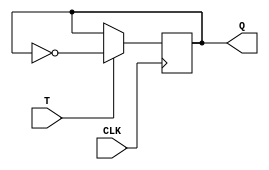
module t_flip_flop (
    input T,
    input CLK,
    output reg Q
);

always @(posedge CLK) begin
    if (T) begin
        Q <= ~Q;
    end
end

endmodule